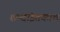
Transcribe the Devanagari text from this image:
शब्दांइतकाच